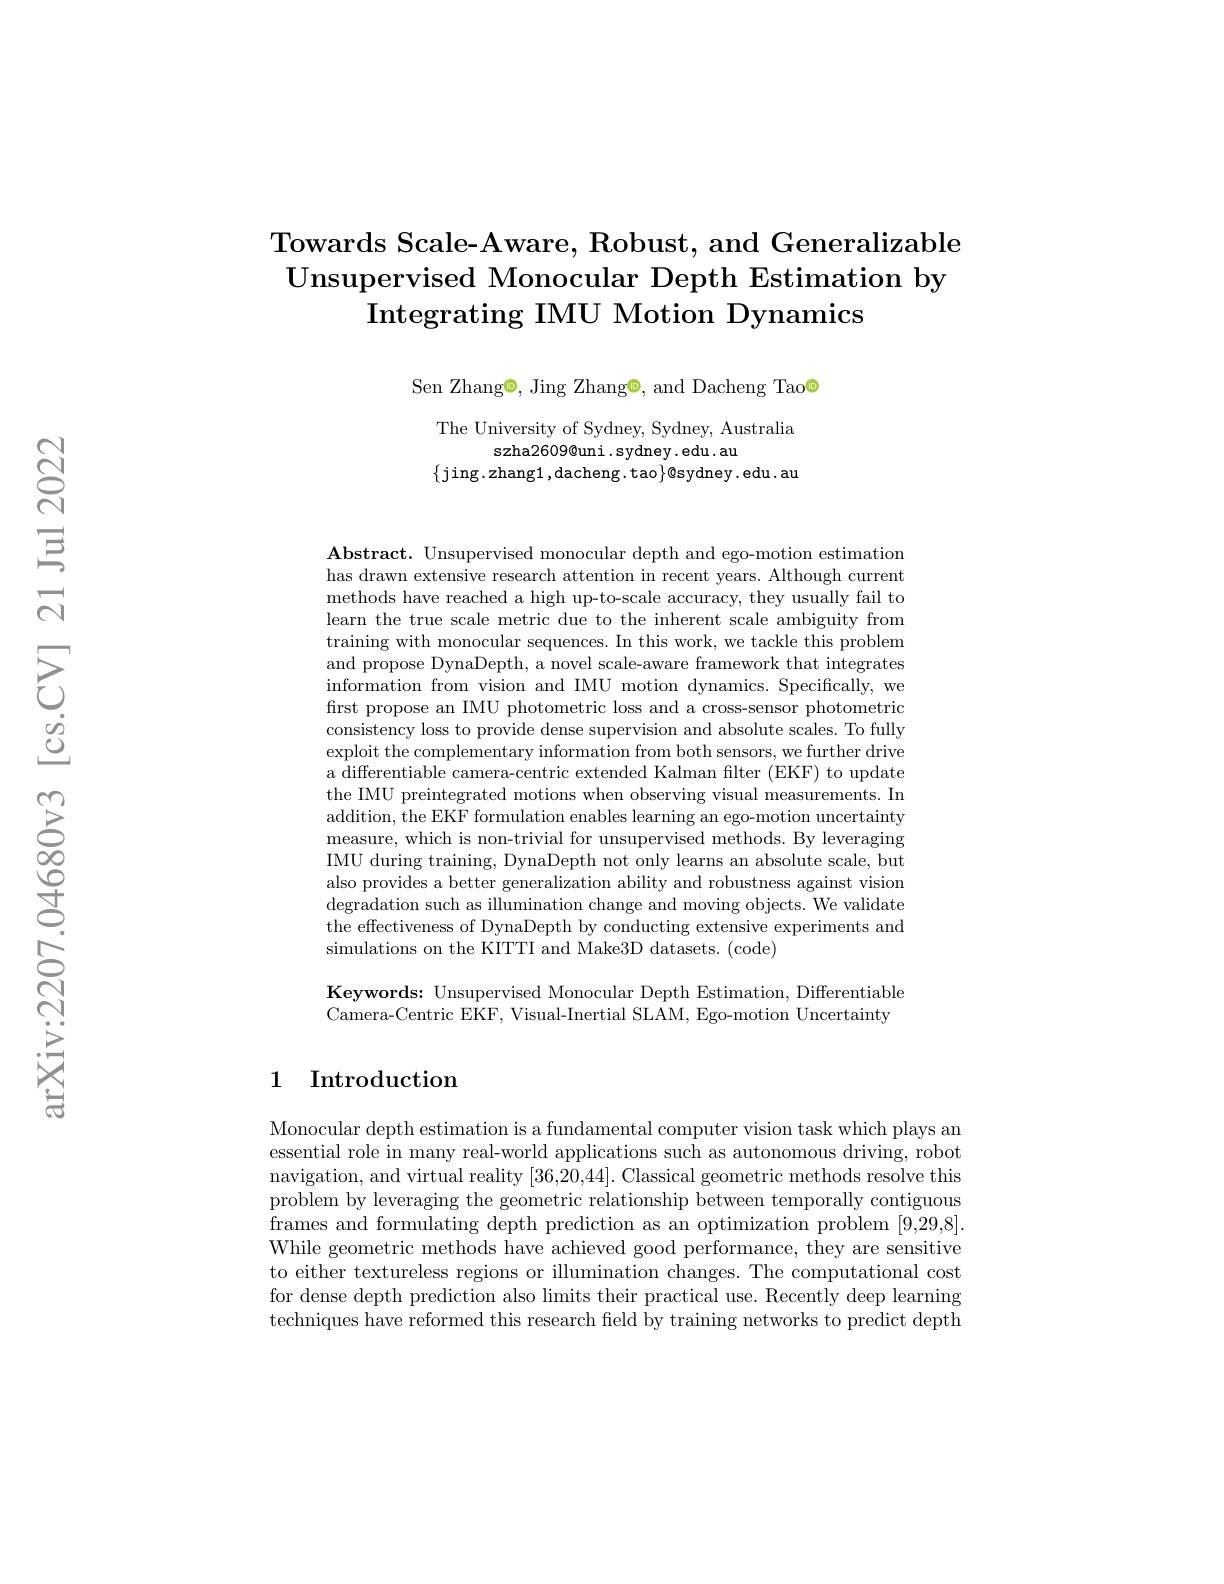
# Towards Scale-Aware, Robust, and Generalizable $\textbf{Unsupervised Monocular Depth Estimation by}$ Integrating IMU Motion Dynamics

Sen Zhang©, Jing Zhang◉, and Dacheng Tao@

The University of Sydney, Sydney, Australia
szha2609@uni. sydney. edu. au
$\{$jing.zhang1,dacheng.tao$\}$@sydney.edu.au

$\mathbf{Abstract.~Unsupervised~monocular~depth~and~ego-motion~estimation~}$ has drawn extensive research attention in recent years. Although current methods have reached a high up-to-scale accuracy, they usually fail to learn the true scale metric due to the inherent scale ambiguity from training with monocular sequences. In this work, we tackle this problem and propose DynaDepth, a novel scale-aware framework that integrates information from vision and IMU motion dynamics. Specifically, we first propose an IMU photometric loss and a cross-sensor photometric consistency loss to provide dense supervision and absolute scales. To fully exploit the complementary information from both sensors, we further drive a differentiable camera-centric extended Kalman filter (EKF) to update the IMU preintegrated motions when observing visual measurements. In addition, the EKF formulation enables learning an ego-motion uncertainty measure, which is non-trivial for unsupervised methods. By leveraging IMU during training, DynaDepth not only learns an absolute scale, but also provides a better generalization ability and robustness against vision degradation such as illumination change and moving objects. We validate the effectiveness of DynaDepth by conducting extensive experiments and simulations on the KITTI and Make3D datasets. (code)

Keywords: Unsupervised Monocular Depth Estimation, Differentiable Camera-Centric EKF, Visual-Inertial SLAM, Ego-motion Uncertainty

## 1 Introduction

Monocular depth estimation is a fundamental computer vision task which plays an essential role in many real-world applications such as autonomous driving, robot navigation, and virtual reality [36,20,44]. Classical geometric methods resolve this problem by leveraging the geometric relationship between temporally contiguous frames and formulating depth prediction as an optimization problem [9,29,8]. While geometric methods have achieved good performance, they are sensitive to either textureless regions or illumination changes. The computational cost for dense depth prediction also limits their practical use. Recently deep learning techniques have reformed this research field by training networks to predict depth